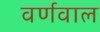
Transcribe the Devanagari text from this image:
वर्णवाल